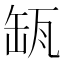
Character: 𦈪